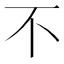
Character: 不